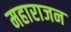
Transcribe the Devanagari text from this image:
महाराजन